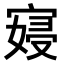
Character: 𫳮